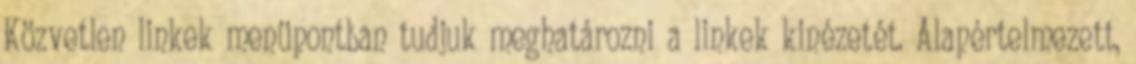
Közvetlen linkek menüpontban tudjuk meghatározni a linkek kinézetét. Alapértelmezett,